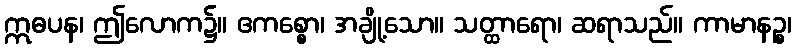
ဣဓပန၊ ဤလောက၌။ ဧကစ္စော၊ အချို့သော။ သတ္ထာရော၊ ဆရာသည်။ ကာမာနဉ္စ၊